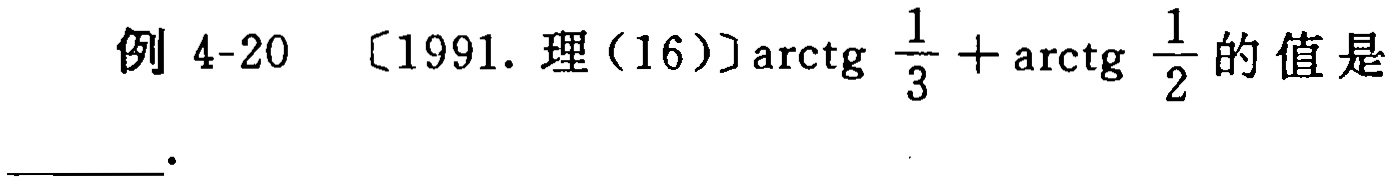
例 4-20 〔1991. 理（16）〕$\arctg\frac{1}{3}+\arctg\frac{1}{2}$的值是____.